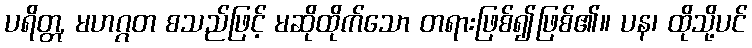
ပရိတ္တ, မဟဂ္ဂတ စသည်ဖြင့် မဆိုထိုက်သော တရားဖြစ်၍ဖြစ်၏။ ပန၊ ထိုသို့ပင်